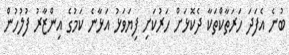
ބުނެ އެފަދަ ހަރަތާކްތަކާ ދެކޮޅަށް ހަރުކަށި ފިޔަވަޅު އަޅާނެ ކަމުގެ އިންޒާރު ފުލުހުން